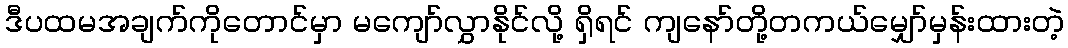
ဒီပထမအချက်ကိုတောင်မှာ မကျော်လွှာနိုင်လို့ ရှိရင် ကျနော်တို့တကယ်မျှော်မှန်းထားတဲ့